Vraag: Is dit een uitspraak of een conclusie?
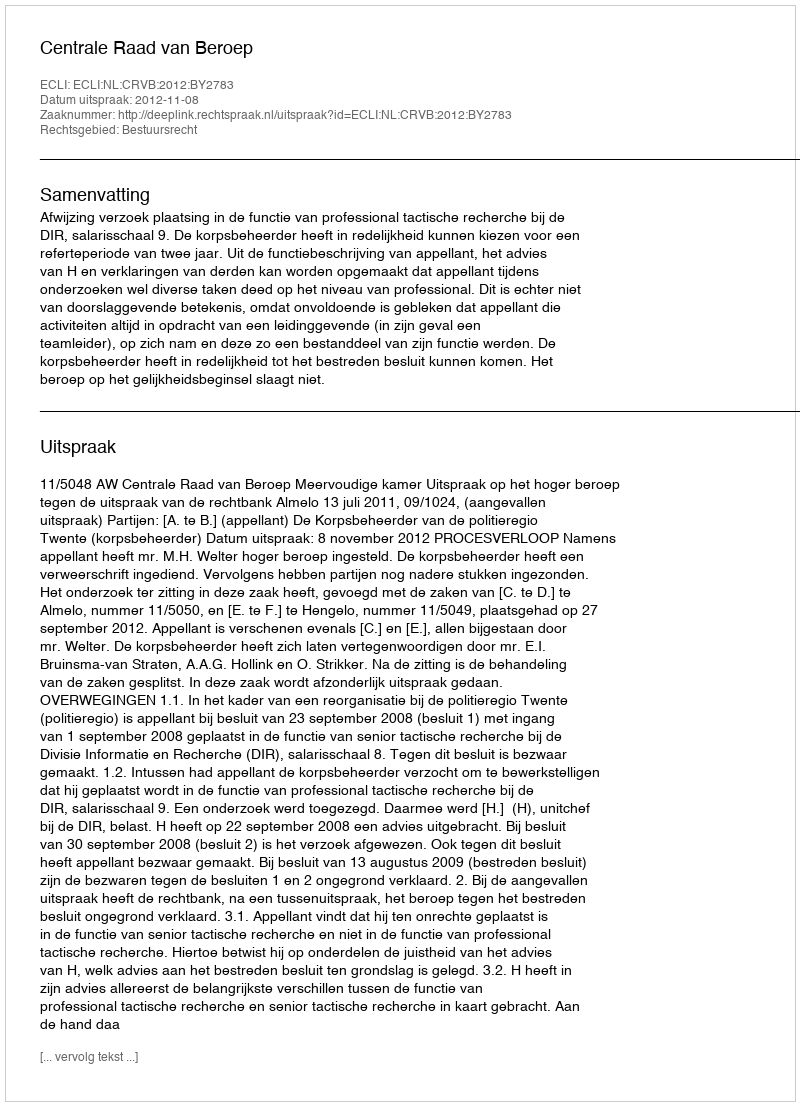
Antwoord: Uitspraak